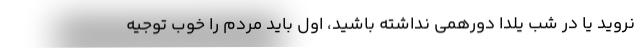
نروید یا در شب یلدا دورهمی نداشته باشید، اول باید مردم را خوب توجیه